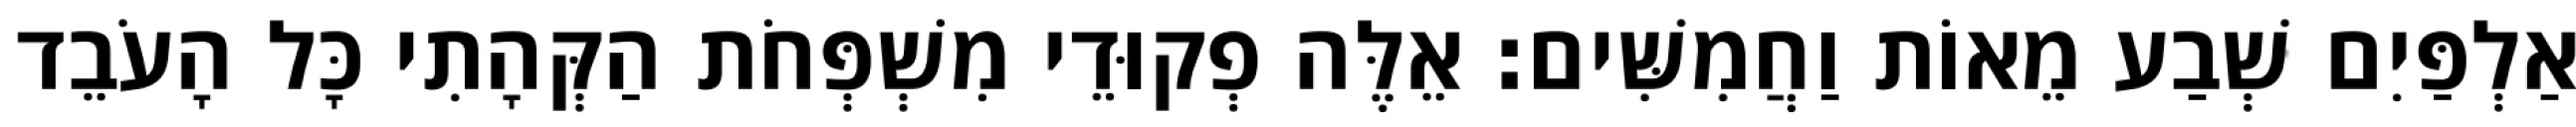
אַלְפַּיִם שְׁבַע מֵאוֹת וַחֲמִשִּׁים׃ אֵלֶּה פְקוּדֵי מִשְׁפְּחֹת הַקְּהָתִי כָּל הָעֹבֵד